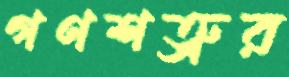
গণশত্রুর